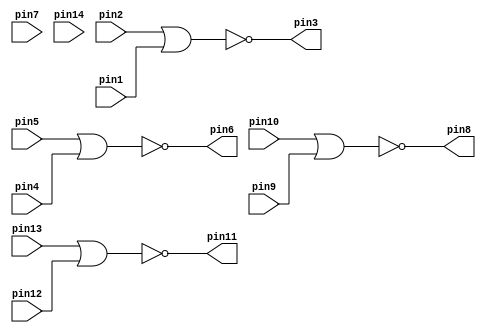
//--------------------------------------------------------------------
// Name: Omkar Girish Kamath
// Description: IC 7402
//--------------------------------------------------------------------

module quadnor (
                pin1,
                pin2,
                pin3,
                pin4,
                pin5,
                pin6,
                pin7,
                pin8,
                pin9,
                pin10,
                pin11,
                pin12,
                pin13,
                pin14
                );
   
   input wire  pin1;
   input wire  pin2;
   input wire  pin4;
   input wire  pin5;
   input wire  pin7;
   input wire  pin9;
   input wire  pin10;
   input wire  pin12;
   input wire  pin13;
   input wire  pin14;
   
   output wire pin3;
   output wire pin6;
   output wire pin8;
   output wire pin11;
   
   assign pin3 = ~(pin2 || pin1);     // 3 = ~(2 || 1)
   assign pin6 = ~(pin5 || pin4);     // 6 = ~(5 || 4)
   assign pin8 = ~(pin10 || pin9);    // 8 = ~(10 || 9)
   assign pin11 = ~(pin13 || pin12);  // 11 = ~(13 || 12)
   
endmodule